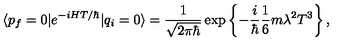
\langle p _ { f } = 0 | e ^ { - i H T / \hbar } | q _ { i } = 0 \rangle = \frac { 1 } { \sqrt { 2 \pi \hbar } } \exp \left\{ - \frac { i } { \hbar } \frac { 1 } { 6 } m \lambda ^ { 2 } T ^ { 3 } \right\} ,